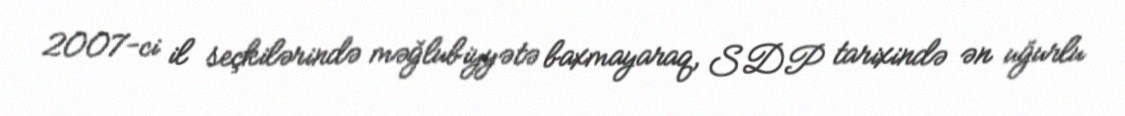
2007-ci il seçkilərində məğlubiyyətə baxmayaraq, SDP tarixində ən uğurlu